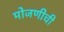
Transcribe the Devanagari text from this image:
मोजणीची